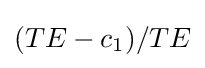
(TE-c_{1})/TE